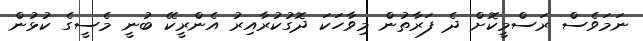
ނަމަވެސް ރަސްމީކޮށް ދެ ފަރާތުން މިވާހަކަ ދޮގުކުރާއިރު އެންރީކޭ ބުނީ މެސީގެ ކުޅުން